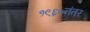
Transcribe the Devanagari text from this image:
१९६०नंतर